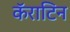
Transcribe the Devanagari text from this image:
कॅराटिन